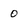
Character: O